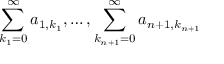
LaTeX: \sum _ { k _ { 1 } = 0 } ^ { \infty } a _ { 1 , k _ { 1 } } , \ldots , \sum _ { k _ { n + 1 } = 0 } ^ { \infty } a _ { n + 1 , k _ { n + 1 } }